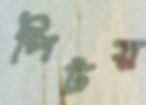
পিটয়